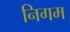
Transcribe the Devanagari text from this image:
निगम